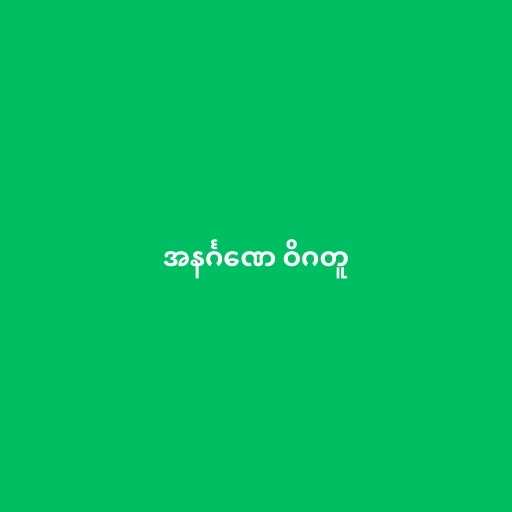
အနင်္ဂဏေ ဝိဂတူ